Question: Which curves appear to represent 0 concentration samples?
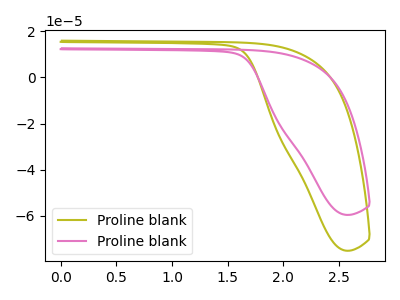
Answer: <think>The olive curve "Proline blank1" has no peaks. The pink curve "Proline blank2" has no peaks.</think>
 <answer>"Proline blank1" and "Proline blank2" are likely to be blanks.</answer>
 <eval>"Proline blank1", "Proline blank2"</eval>